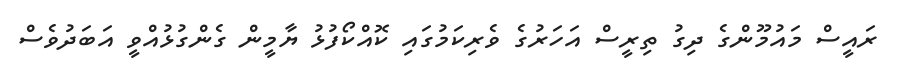
ރައީސް މައުމޫންގެ ދިގު ތިރީސް އަހަރުގެ ވެރިކަމުގައި ކޮއްކޯފުޅު ޔާމީން ގެންގުޅުއްވީ އަބަދުވެސް